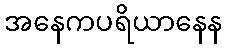
အနေကပရိယာနေန